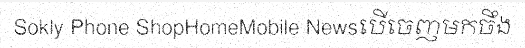
Sokly Phone ShopHomeMobile Newsបើចេញមកចឹង